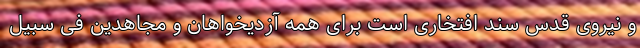
و نیروی قدس سند افتخاری است برای همه آزدیخواهان و مجاهدین فی سبیل